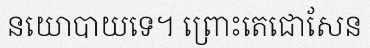
នយោបាយទេ។ ព្រោះតេជោសែន